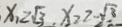
x _ { 1 } \geq 2 \sqrt { 3 } , x _ { 2 } \geq - \sqrt { 3 }